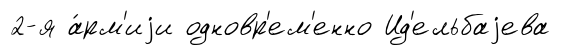
2-я а́рм'иjи одновр'ем'енно Ид'ельбаjева